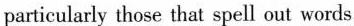
particularly those that spell out words.